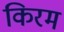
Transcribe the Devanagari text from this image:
किरम